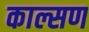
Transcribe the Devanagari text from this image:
काल्सण